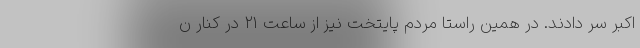
اکبر سر دادند. در همین راستا مردم پایتخت نیز از ساعت ۲۱ در کنار ن